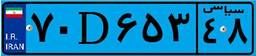
۴۰D۴۳۷۲۸